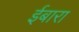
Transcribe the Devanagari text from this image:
ईबारा